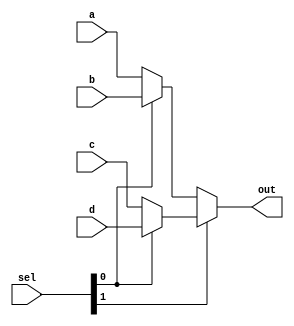
module mux_4to1 ( 
 input [31:0]  a,
 input [31:0] b,
 input [31:0] c,
 input [31:0] d,
 input [1:0] sel,
 output [31:0] out);

 assign out = sel[1] ? (sel[0] ? d : c) : (sel[0] ? b : a);
endmodule